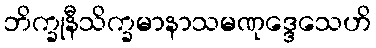
ဘိက္ခုနီသိက္ခမာနာသမဏုဒ္ဒေသေဟိ